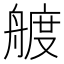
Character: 艔